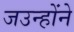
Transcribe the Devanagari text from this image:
जउन्होंने